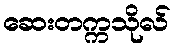
ဆေးတက္ကသိုလ်